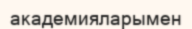
академияларымен